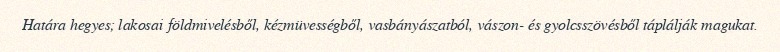
Határa hegyes; lakosai földmivelésből, kézmüvességből, vasbányászatból, vászon- és gyolcsszövésből táplálják magukat.